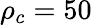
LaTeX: \rho_{c}=50